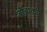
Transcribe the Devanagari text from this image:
बाँबमध्ये